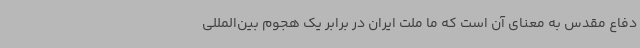
دفاع مقدس به معنای آن است که ما ملت ایران در برابر یک هجوم بین‌المللی